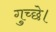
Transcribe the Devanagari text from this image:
गुच्छे।